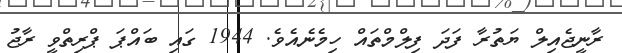
ރާނީޖެއިލް ޔަތުރާ ފަދަ ފިލްމްތައް ހިމެނެއެވެ. 1944 ގައި ބައްޕަ ޕްރިތްވީ ރާޖު